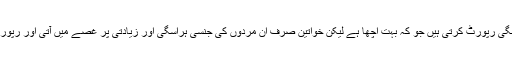
یہ سچ ہے کہ خواتین اکثر جنسی ہراسگی رپورٹ کرتی ہیں جو کہ بہت اچھا ہے لیکن خواتین صرف ان مردوں کی جنسی ہراسگی اور زیادتی پر غصے میں آتی اور رپورٹ کرتی ہیں جو بدصورت ہوتے ہیں۔